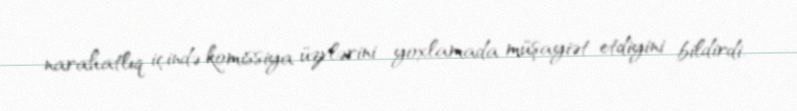
narahatlıq içində komissiya üzvlərini yoxlamada müşayiət etdiyini bildirdi.